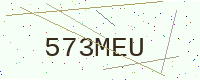
Text: 573MEU